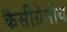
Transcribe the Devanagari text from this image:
कैसीग्रेनीय